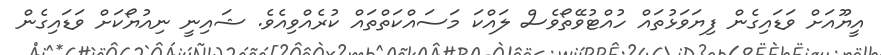
އީޔޫއަށް ވަޑައިގެން ފިޔަވަޅުތައް ހުއްޓުވޭތޯވެސް ލައްކަ މަސައްކަތްތައް ކުރެއްވިއެވެ. ޝައިނީ ނިއުޔޯކަށް ވަޑައިގެން